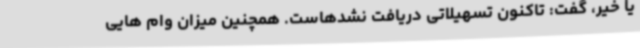
یا خیر، گفت: تاکنون تسهیلاتی دریافت نشدهاست. همچنین میزان وام هایی